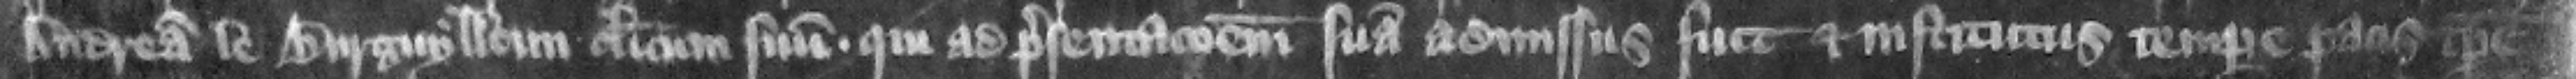
Andream le Burguylloun clericum suum qui ad presentacionem suam admissus fuit et institutus tempore pacis tempore